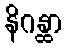
နိဂန္ထာ